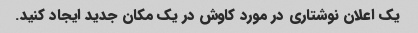
یک اعلان نوشتاری در مورد کاوش در یک مکان جدید ایجاد کنید.